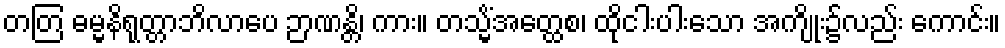
တတြ ဓမ္မနိရုတ္တာဘိလာပေ ဉာဏန္တိ၊ ကား။ တသ္မိံအတ္ထေစ၊ ထိုငါးပါးသော အကျိုး၌လည်း ကောင်း။